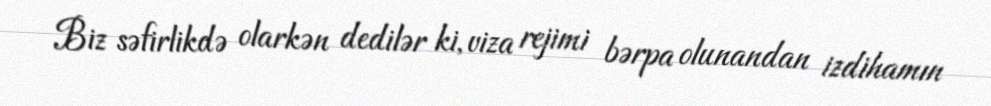
Biz səfirlikdə olarkən dedilər ki, viza rejimi bərpa olunandan izdihamın